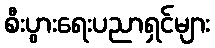
စီးပွားရေးပညာရှင်များ